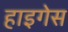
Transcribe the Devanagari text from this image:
हाइगेस